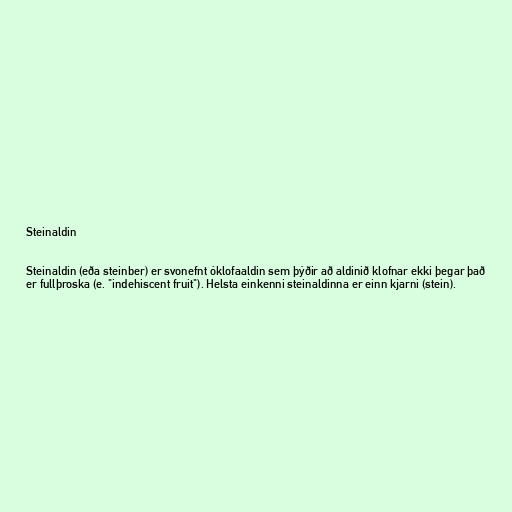
Steinaldin

Steinaldin (eða steinber) er svonefnt óklofaaldin sem þýðir að aldinið klofnar ekki þegar það
er fullþroska (e. "indehiscent fruit"). Helsta einkenni steinaldinna er einn kjarni (stein).